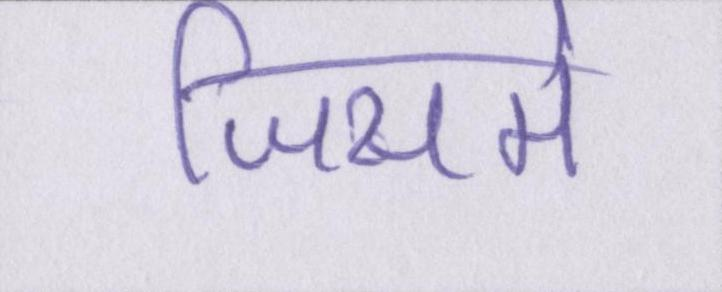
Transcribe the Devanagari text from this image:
जिसमे